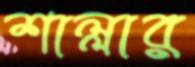
শাল্লার